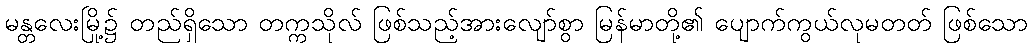
မန္တလေးမြို့၌ တည်ရှိသော တက္ကသိုလ် ဖြစ်သည့်အားလျော်စွာ မြန်မာတို့၏ ပျောက်ကွယ်လုမတတ် ဖြစ်သော